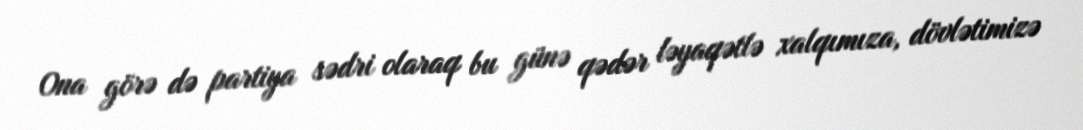
Ona görə də partiya sədri olaraq bu günə qədər ləyaqətlə xalqımıza, dövlətimizə